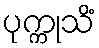
ပုက္ကုသိံ